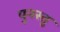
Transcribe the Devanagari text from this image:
पुनस्तु